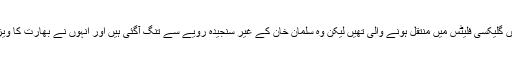
میڈیا رپورٹس کے مطابق ماڈل جلد ہی اداکار کے باندرہ میں گلیکسی فلیٹس میں منتقل ہونے والی تھیں لیکن وہ سلمان خان کے غیر سنجیدہ رویے سے تنگ آگئی ہیں اور انہوں نے بھارت کا ویزا نہ ملنے کا بہانہ بنا کرسلمان سے دوری اختیارکرلی ہے۔